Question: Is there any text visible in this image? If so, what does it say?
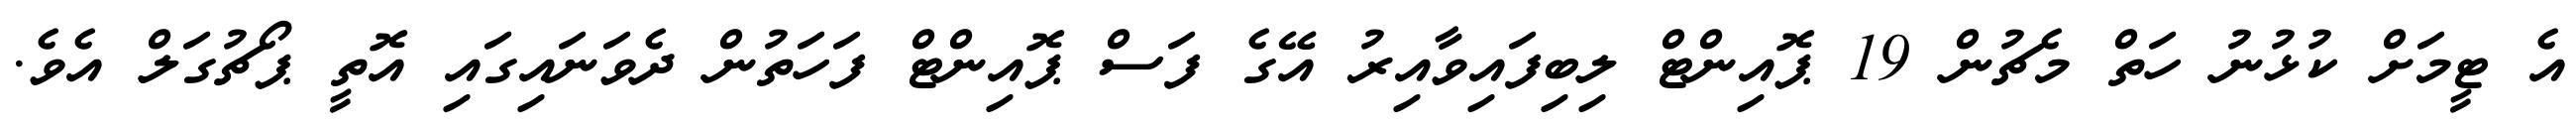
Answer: އެ ޓީމަށް ކުޅުނު ހަތް މެޗުން 19 ޕޮއިންޓް ލިބިފައިވާއިރު އޭގެ ފަސް ޕޮއިންޓް ފަހަތުން ދެވަނައިގައި އޮތީ ޕޯޗުގަލް އެވެ.